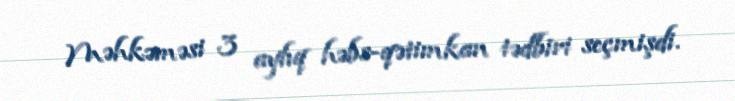
Məhkəməsi 3 aylıq həbs-qətimkan tədbiri seçmişdi.